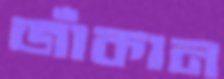
জাঁকান